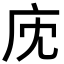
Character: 𢇧